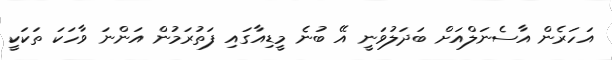
އަހަރެން އާސެނަލްއަށް ބަދަލުވަނީ އޭ ބުނެ މީޑިއާގައި ފަތުރަމުން އަންނަ ވާހަކަ ތަކަކީ